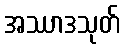
အဿာဒသုတ်